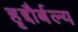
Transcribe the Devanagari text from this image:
हृद्दौर्बल्य